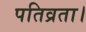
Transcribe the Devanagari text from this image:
पतिव्रता।